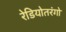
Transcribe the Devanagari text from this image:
रेडियोतरंगो